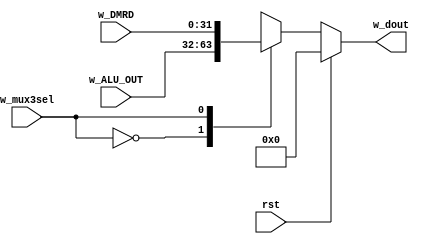
`timescale 1ns / 1ps
//////////////////////////////////////////////////////////////////////////////////
// Company: 
// Engineer: 
// 
// Design Name: 
// Module Name: sign_extension
// Project Name: 
// Target Devices: 
// Tool Versions: 
// Description: 
// 
// Dependencies: 
// 
// Revision:
// Revision 0.01 - File Created
// Additional Comments:
// 
//////////////////////////////////////////////////////////////////////////////////


module mux3
/*** PARAMETERS ***/
#(parameter
    // WL
    DATA_WL     = 32
)
/*** IN/OUT ***/
(
    // IN
    input [DATA_WL - 1 : 0]         w_ALU_OUT,
                                    w_DMRD,
    input                           w_mux3sel,
                                    rst,
    // OUT
    output reg [DATA_WL - 1 : 0]    w_dout
);

    always @(*)
    begin
        if (rst) w_dout = 0;
        else
        begin
            case (w_mux3sel)
                0: w_dout = w_ALU_OUT;
                1: w_dout = w_DMRD;
                default w_dout = 1'bx;
            endcase
        end
    end

endmodule